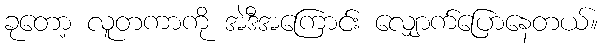
ခုတော့ လူတကာကို အဲဒီအကြောင်း လျှောက်ပြောနေတယ်။